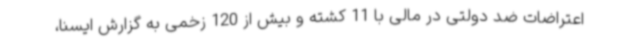
اعتراضات ضد دولتی در مالی با 11 کشته و بیش از 120 زخمی به گزارش ایسنا،